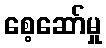
စေ့ဆော်မှု